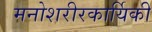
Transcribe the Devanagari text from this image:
मनोशरीरकार्यिकी